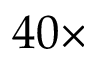
4 0 \times